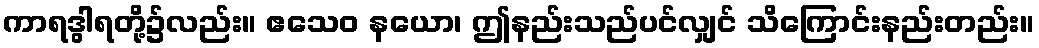
ကာရဒွါရတို့၌လည်း။ ဧသေဝ နယော၊ ဤနည်းသည်ပင်လျှင် သိကြောင်းနည်းတည်း။